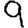
Digit: 9